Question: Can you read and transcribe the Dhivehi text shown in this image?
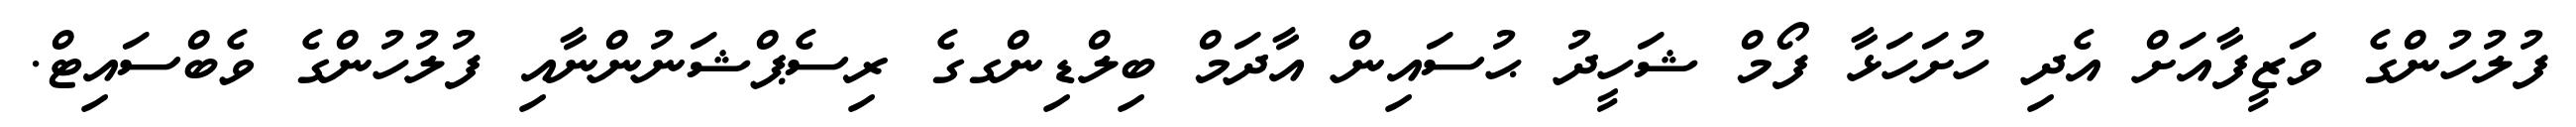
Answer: ފުލުހުންގެ ވަޒީފާއަށް އެދި ހުށަހަޅާ ފޯމް ޝަހީދު ޙުސައިން އާދަމް ބިލްޑިންގގެ ރިސެޕްޝަނުންނާއި ފުލުހުންގެ ވެބްސައިޓް.